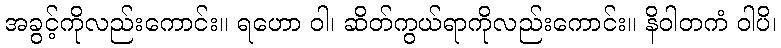
အခွင့်ကိုလည်းကောင်း။ ရဟော ဝါ၊ ဆိတ်ကွယ်ရာကိုလည်းကောင်း။ နိဝါတကံ ဝါပိ၊